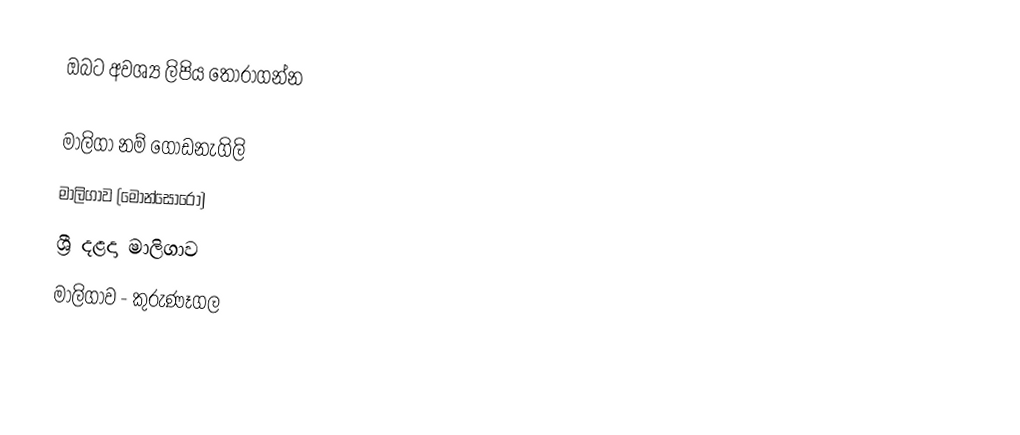
ඔබට අවශ්‍ය ලිපිය තෝරාගන්න

 මාලිගා නම් ගොඩනැගිලි
 මාලිගාව (මොන්සෝරෝ)
 ශ්‍රී දළදා මාලිගාව
 මාලිගාව - කුරුණෑගල